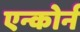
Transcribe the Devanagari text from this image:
एन्कोर्न